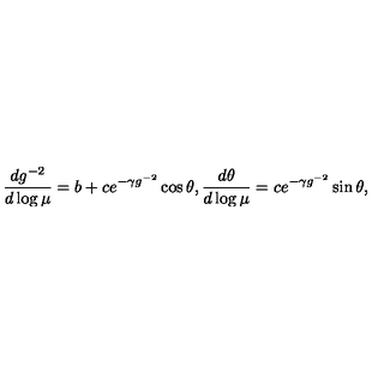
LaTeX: \frac { d g ^ { - 2 } } { d \log \mu } = b + c e ^ { - \gamma g ^ { - 2 } } \cos \theta , \frac { d \theta } { d \log \mu } = c e ^ { - \gamma g ^ { - 2 } } \sin \theta ,